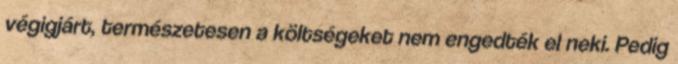
végigjárt, természetesen a költségeket nem engedték el neki. Pedig